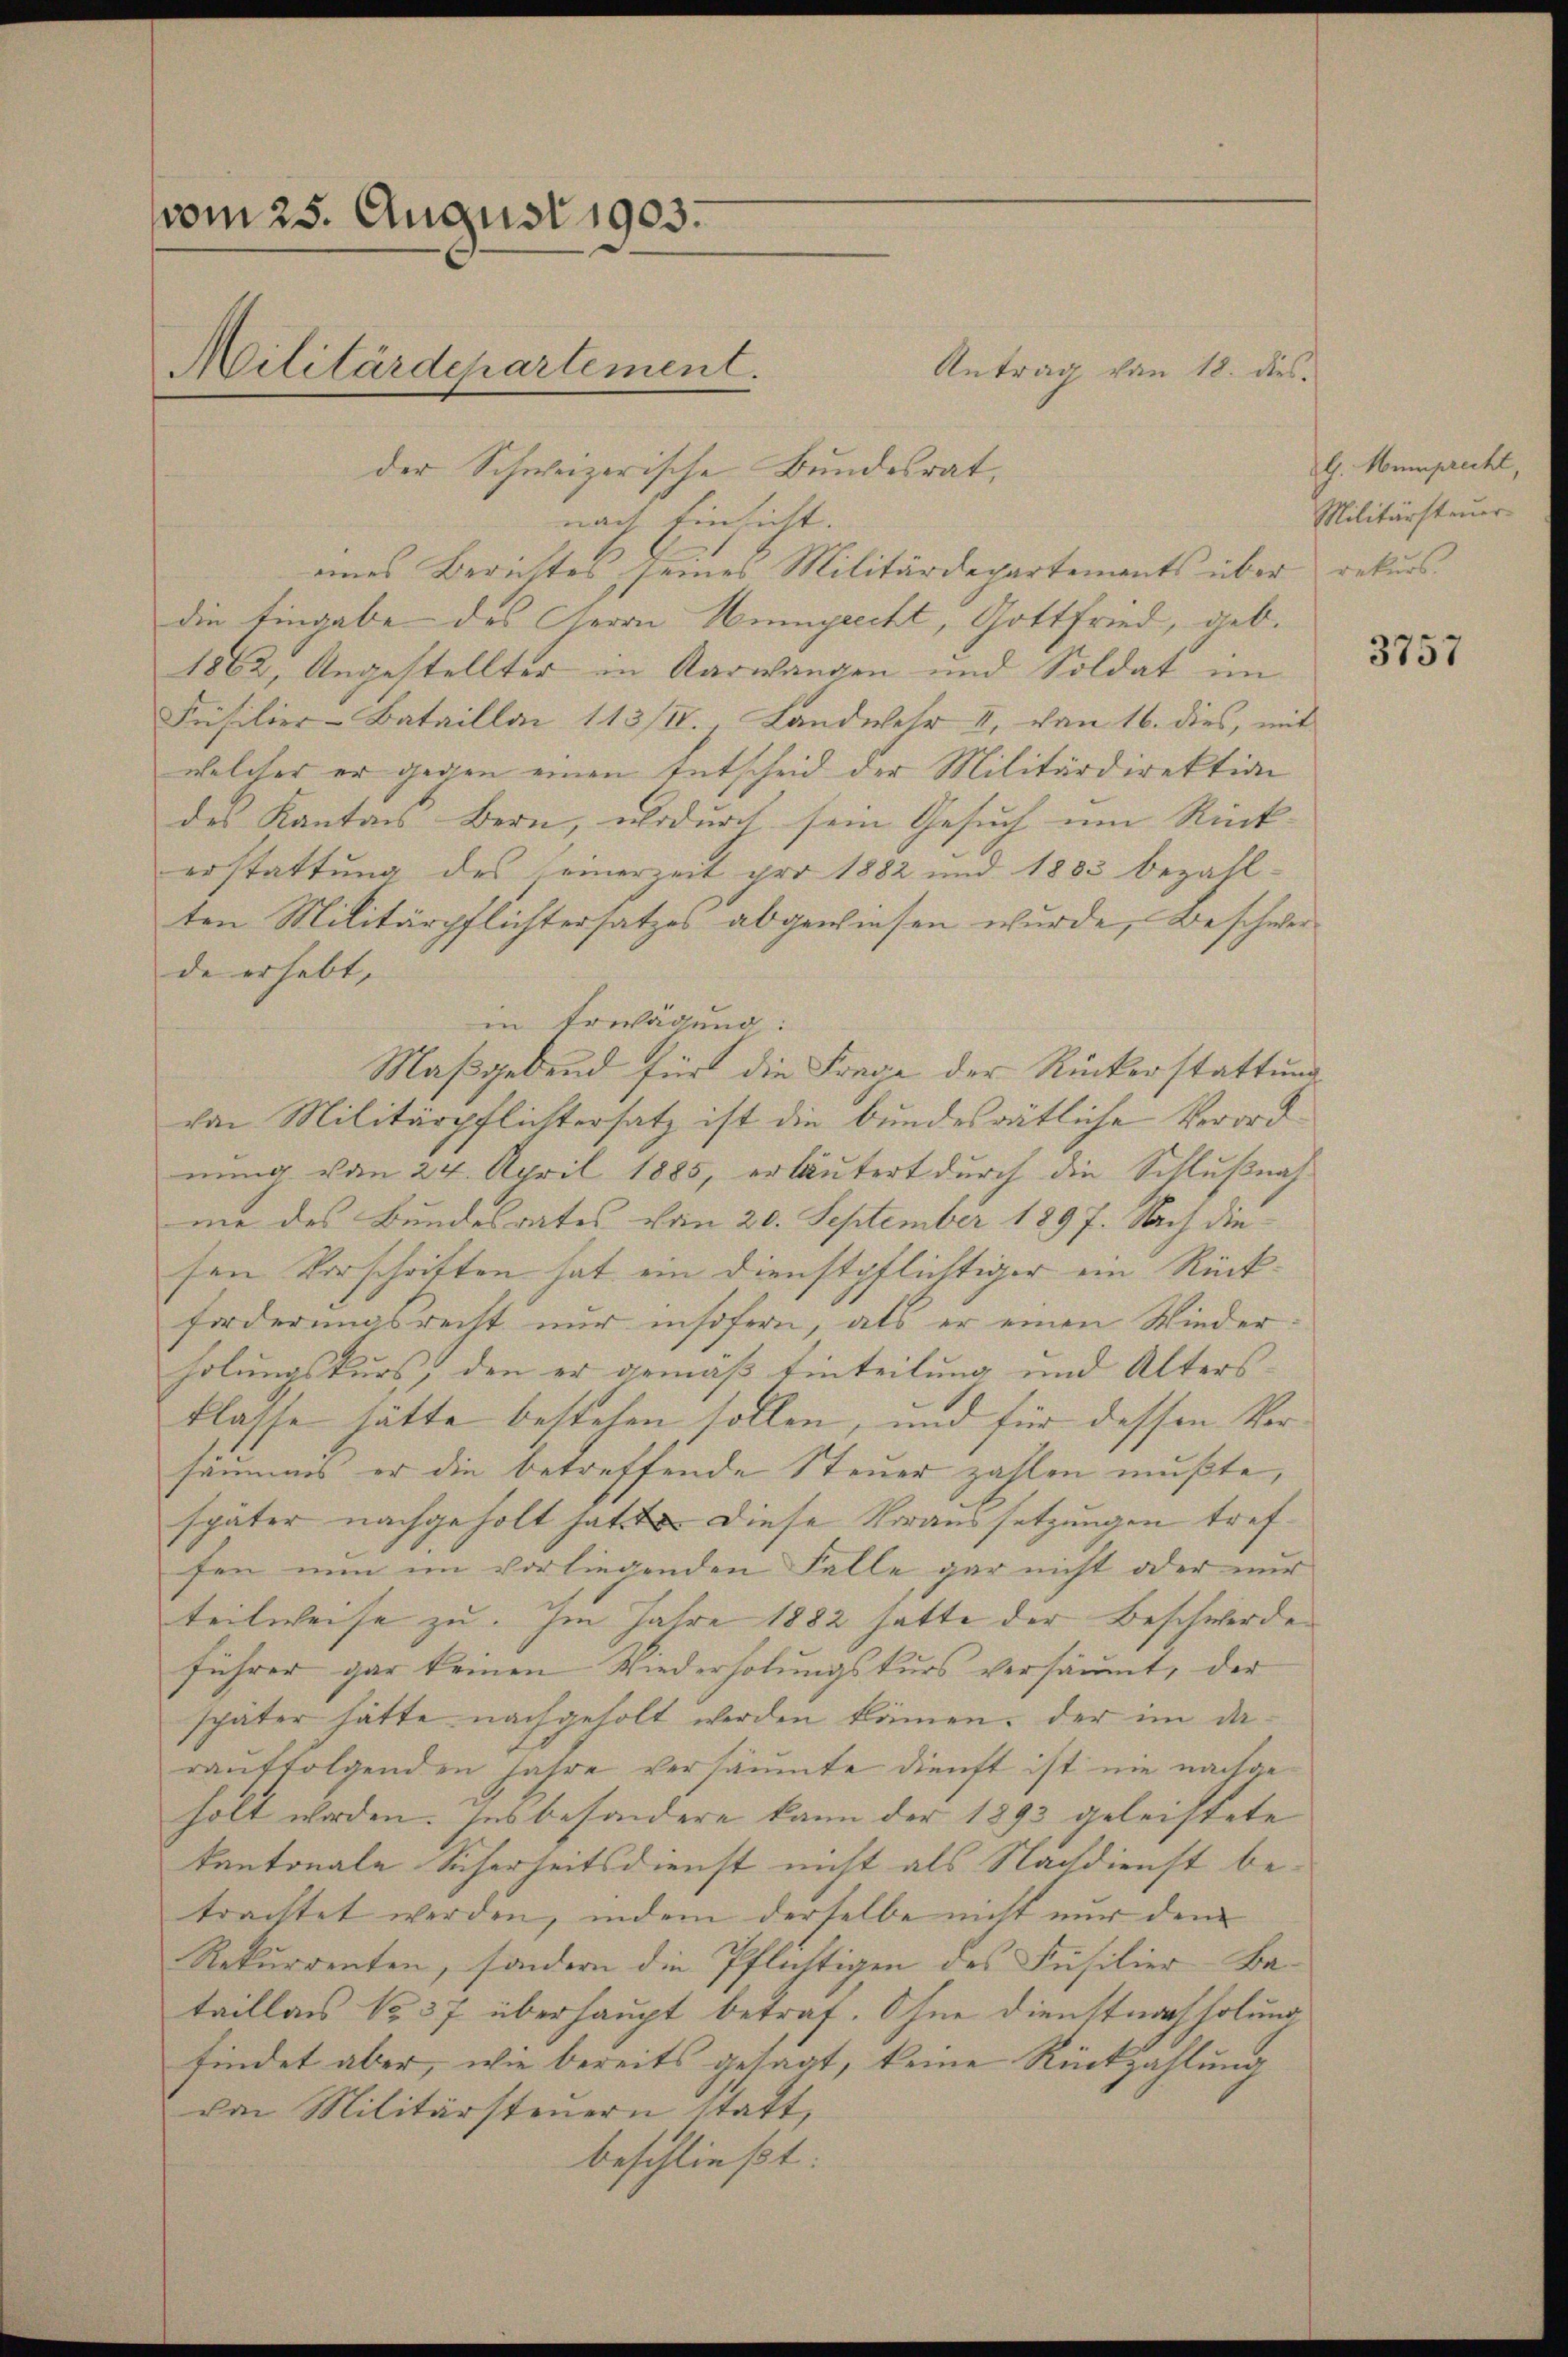
vom 25. August 1903.
Militärdepartement.
der Schweizerische Bundesrat,

nach Einsicht.
eines Berichtes seines Militärdepartements über
die Eingabe des Herrn Neugrecht, Gottfried, geb.
1862, Angestellter in Aarwangen und Soldat im
Füsilier-Bataillai 113/IV., Landwehr II, von 16. dies, mit
welcher er gegen einen Entscheid der Militärdirektion
des Kantons Bern, wodurch sein Gesuch um Rück-
erstattung des seinerzeit pro 1882 und 1883 bezahlten Militärpflichtersatzes abgewiesen wurde, Beschwerde erhebt,
in Erwägung:
Maßgebend für die Frage der Rückerstattung
von Militärpflichtersatz ist die bundesrätliche Verordnung vom 24. April 1885, erläutert durch die Schlußnahme des Bundesrates vom 20. September 1897. Nach die
sen Vorschritten hat ein Dienstpflichtiger ein Rückforderungsrecht nur insofern, als er einen Wieder
holungskurs, den er gemäß Einteilung und Altersklasse hätte bestehen sollen, und für dessen Vorsämmis er die betreffende Steuer zahlen mußte,
später nachgeholt hatte. Diese Voraussetzungen treffen nun im vorliegenden Falle gar nicht oder nur
teilweise zu. Im Jahre 1882 hatte der Beschwerde
führer gar keinen Wiederholungskurs versäumt, der
später hätte nachgeholt werden kämen. Der im darauffolgenden Jahre versäumte dienst ist nie nachgeholt worden. Insbesondere kann der 1893 geleistete
kantonale Sicherheitsdienst nicht als Nachdienst betrachtet werden, indem derselbe nicht nur dem
Rekurrenten, sondern die Pflichtigen des Füsilier-Ba-
taillons No 37 überhaupt betraf. Ohne Dienstnachholung
findet aber, wie bereits gesagt, keine Rückzahlung
den Militärsteuern statt,
beschließt:

Antrag von 18. dies

G. Wemprecht,
Militärsteuer
rekurs.

3757